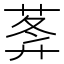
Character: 𦵝